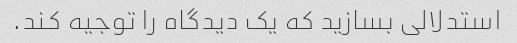
استدلالی بسازید که یک دیدگاه را توجیه کند.